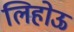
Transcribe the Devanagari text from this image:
लिहोऊ